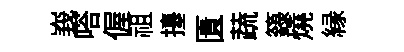
峩嗒偓祖擡匱蔬籙燒縁